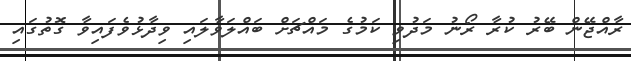
ރާއްޖޭން ބޭރު ކުރާ ރޯނު މަދުވި ކަމުގެ މައްޗަށް ބައްލަވާލައި ވިދާޅުވެފައިވާ ގޮތުގައި